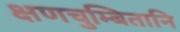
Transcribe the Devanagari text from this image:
क्षणचुम्बितानि